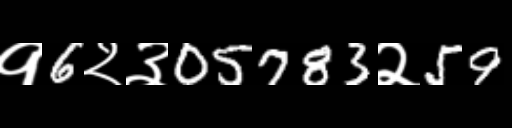
Text: १6२३05783२59